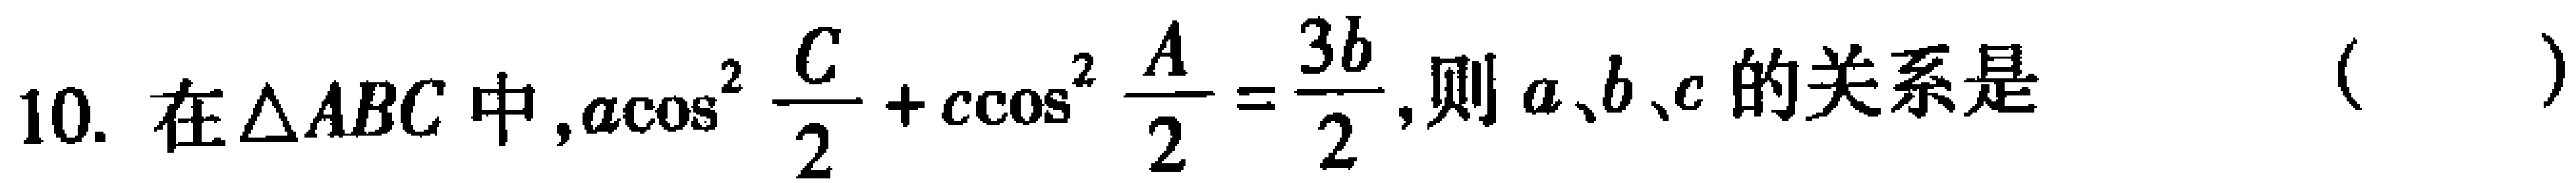
10. 在$\triangle ABC$中,$a\cos^{2} \frac{C}{2}+c\cos^{2} \frac{A}{2}=\frac{3b}{2}$,则$a、b、c$的关系是 （  ）